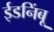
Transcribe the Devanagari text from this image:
ईडनिंबू